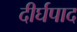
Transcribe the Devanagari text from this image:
दीर्घपाद